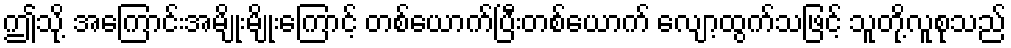
ဤသို့ အကြောင်းအမျိုးမျိုးကြောင့် တစ်ယောက်ပြီးတစ်ယောက် လျော့ထွက်သဖြင့် သူတို့လူစုသည်